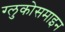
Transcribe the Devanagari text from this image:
ग्लुकोसमाइन